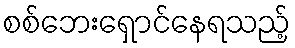
စစ်ဘေးရှောင်နေရသည့်